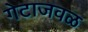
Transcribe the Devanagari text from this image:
गेटाजवळ